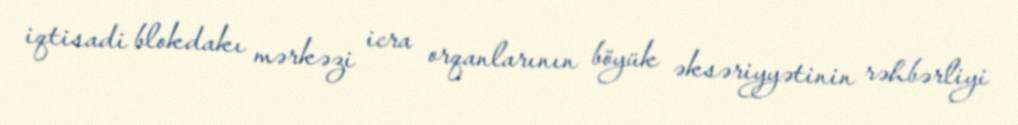
iqtisadi blokdakı mərkəzi icra orqanlarının böyük əksəriyyətinin rəhbərliyi